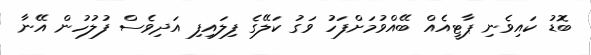
ބޮޑު ކައިވެނި ޕާޓީއެއް ބޭއްވުމަށްފަހު ވަގު ކަލޭގެ ފިލައިފި އަދިވެސް ފުލުހުން އޭނާ